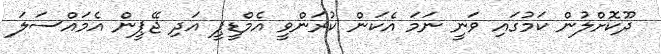
ދޫކޮށްލުން ކަމުގައި ވަނީ ނަަމަ އެކަން ކުރަންވީ އެމްޑީޕީ އަދި ޖޭޕީން އެމައްސަލަ